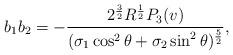
LaTeX: \begin{align*}b_1b_2= -\frac {2^{\frac32}R^{\frac12} P_3(v)}{(\sigma_1\cos^2\theta + \sigma_2\sin^2\theta)^{\frac 52}},\end{align*}